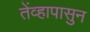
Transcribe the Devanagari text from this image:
तेंव्हापासुन